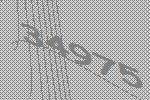
34975